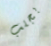
بجلب